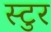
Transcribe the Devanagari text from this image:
स्टुर